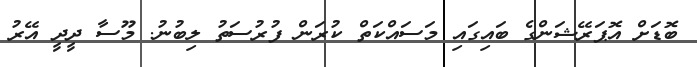
ބޮޑަށް އޮޕަރޭޝަންގެ ބައިގައި މަސައްކަތް ކުރަން ފުރުސަތު ލިބުނު. މޫސާ ދީދީ އޭރު